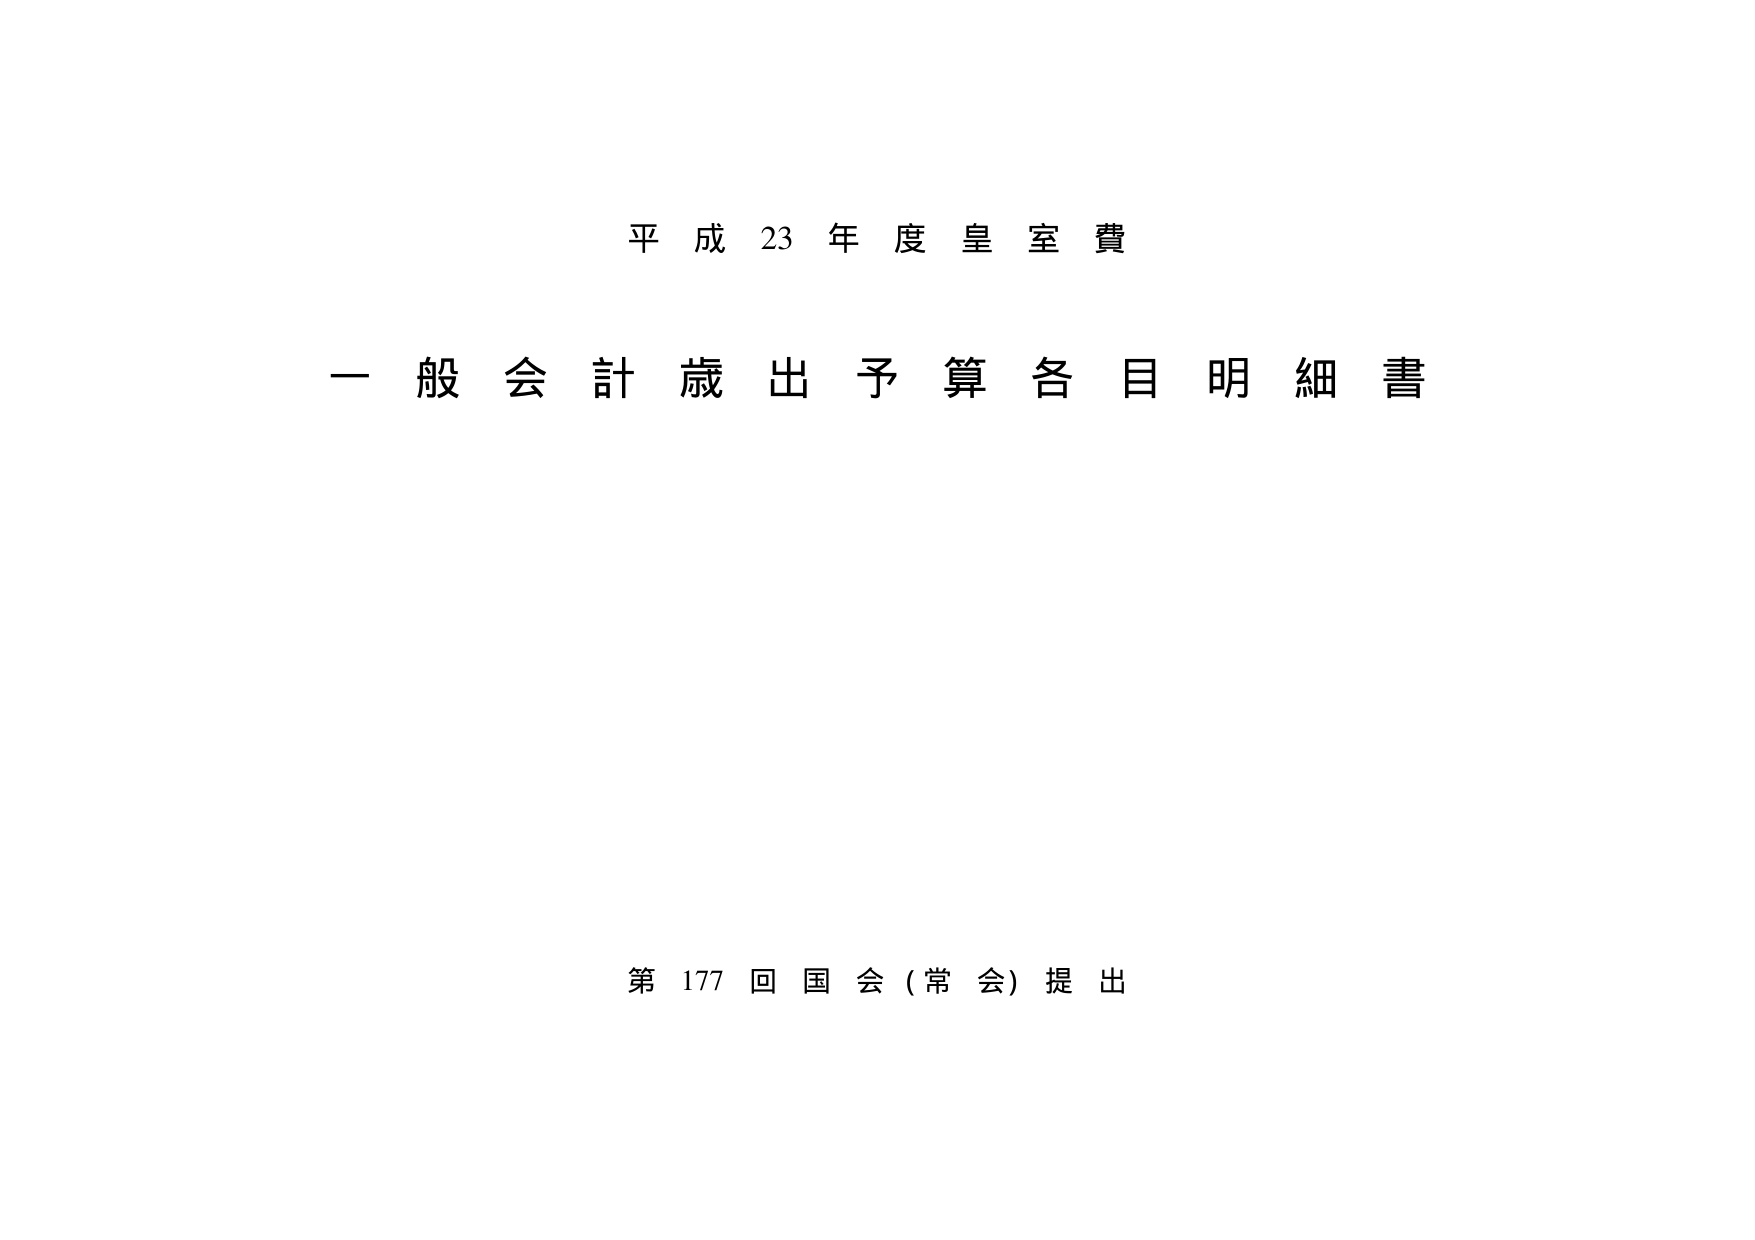
平成23年度皇室費
一般会計歳出予算各目明細書
第177回国会（常会）提出